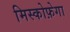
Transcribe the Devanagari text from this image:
मिस्कोफ़ेगा